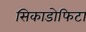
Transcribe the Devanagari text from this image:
सिकाडोफिटा